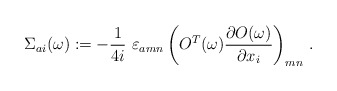
\begin{align*}\Sigma_{ai}(\omega):= - \frac{1}{4 i}\ \varepsilon_{amn}\left(O^T(\omega)\frac{\partial O(\omega)}{\partial x_i}\right)_{mn}\,.\end{align*}